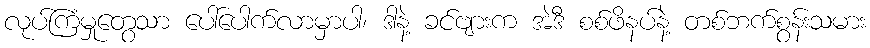
လုပ်ကြံမှုတွေသာ ပေါ်ပေါက်လာမှာပါ၊ ဒါနဲ့ ခင်ဗျားက အဲဒီ စစ်ဖိနပ်နဲ့ တစ်ဘက်စွန်းသမား